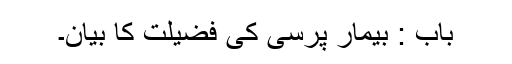
باب : بیمار پرسی کی فضیلت کا بیان۔